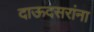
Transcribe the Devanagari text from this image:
दाऊदसरांना